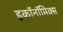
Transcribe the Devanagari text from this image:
इकाॅनाॅमिक्स